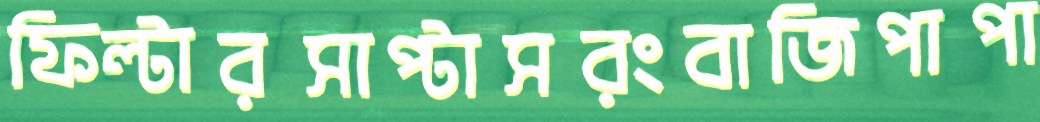
ফিল্টারসাপ্‌টাসরংবাজিপাপা